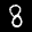
Label: 8